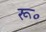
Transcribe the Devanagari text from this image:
रू॰